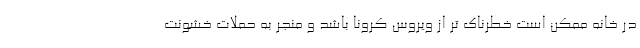
در خانه ممکن است خطرناک تر از ویروس کرونا باشد و منجر به حملات خشونت